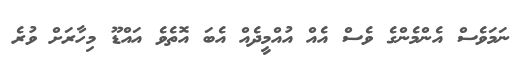
ނަމަވެސް އެންމެންގެ ވެސް އެއް އުއްމީދެއް އެބަ އޮތެވެ އައްޑޫ މިހާރަށް ވުރެ